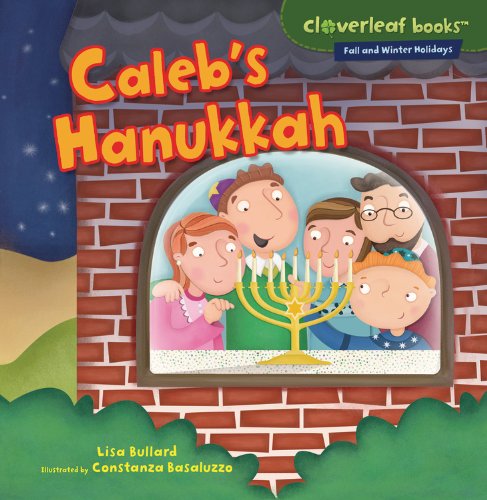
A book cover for Caleb's Hanukkah (Cloverleaf Books: Fall and Winter Holidays); Lisa Bullard; Children's Books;